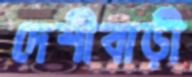
দেশীবাড়ী